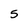
Character: 5